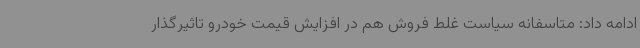
ادامه داد: متاسفانه سیاست غلط فروش هم در افزایش قیمت خودرو تاثیرگذار